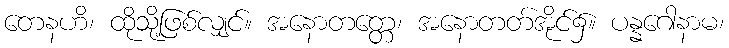
တေနဟိ၊ ထိုသို့ဖြစ်လျှင်။ အနောတတ္တေ၊ အနောတတ်အိုင်၌။ ပန္နဂေါနာမ၊